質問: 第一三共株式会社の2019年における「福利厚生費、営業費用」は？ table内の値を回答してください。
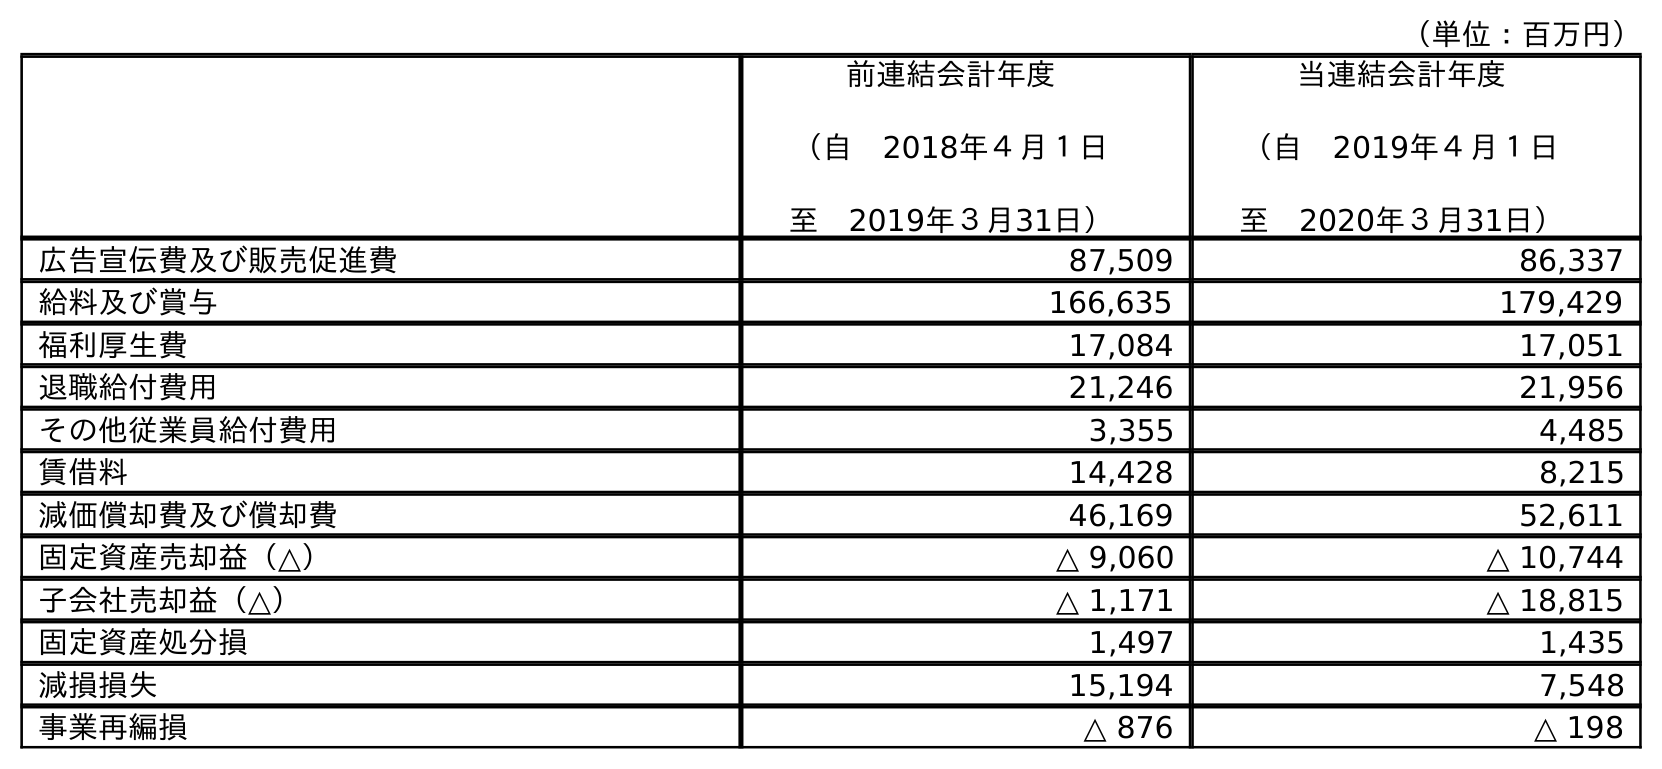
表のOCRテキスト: （単位：百万円） 前連結会計年度 （自 2018年４月１日 至 2019年３月31日） 当連結会計年度 （自 2019年４月１日 至 2020年３月31日） 広告宣伝費及び販売促進費 87,509 86,337 給料及び賞与 166,635 179,429 福利厚生費 17,084 17,051 退職給付費用 21,246 21,956 その他従業員給付費用 3,355 4,485 賃借料 14,428 8,215 減価償却費及び償却費 46,169 52,611 固定資産売却益（△） △ 9,060 △ 10,744 子会社売却益（△） △ 1,171 △ 18,815 固定資産処分損 1,497 1,435 減損損失 15,194 7,548 事業再編損 △ 876 △ 198
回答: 17,084